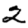
Digit: 2